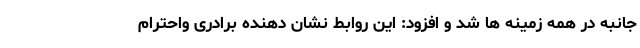
جانبه در همه زمینه ها شد و افزود: این روابط نشان دهنده برادری واحترام